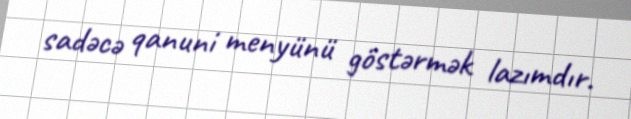
sadəcə qanuni menyünü göstərmək lazımdır.